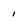
Character: 1